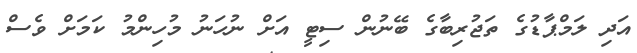
އަދި ލަމްޕާޑުގެ ތަޖުރިބާގެ ބޭނުން ސިޓީ އަށް ނުހަނު މުހިންމު ކަމަށް ވެސް